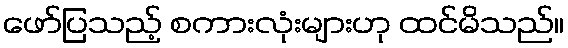
ဖော်ပြသည့် စကားလုံးများဟု ထင်မိသည်။